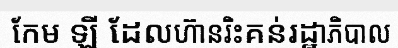
កែម ឡី ដែលហ៊ានរិះគន់រដ្ឋាភិបាល